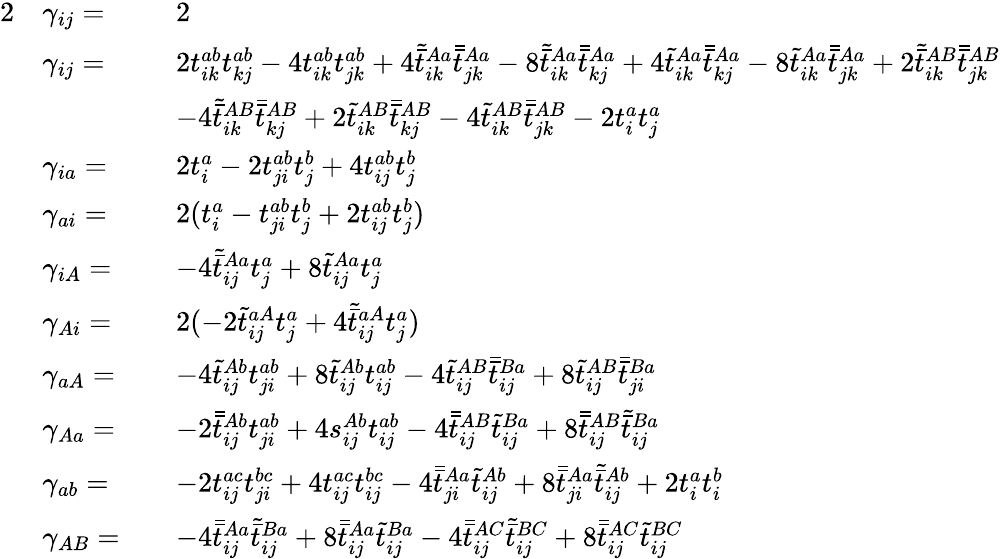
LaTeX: \begin{array}{rlrl}{{2}}&{\gamma_{ij}=}&&{2}\\ &{\gamma_{ij}=}&&{2t_{ik}^{ab}t_{kj}^{ab}-4t_{ik}^{ab}t_{jk}^{ab}+4\tilde{\bar{t}}_{ik}^{Aa}\bar{\bar{t}}_{jk}^{Aa}-8\tilde{\bar{t}}_{ik}^{Aa}\bar{\bar{t}}_{kj}^{Aa}+4\tilde{t}_{ik}^{Aa}\bar{\bar{t}}_{kj}^{Aa}-8\tilde{t}_{ik}^{Aa}\bar{\bar{t}}_{jk}^{Aa}+2\tilde{\bar{t}}_{ik}^{AB}\bar{\bar{t}}_{jk}^{AB}}\\ &{}&&{-4\tilde{\bar{t}}_{ik}^{AB}\bar{\bar{t}}_{kj}^{AB}+2\tilde{t}_{ik}^{AB}\bar{\bar{t}}_{kj}^{AB}-4\tilde{t}_{ik}^{AB}\bar{\bar{t}}_{jk}^{AB}-2t_{i}^{a}t_{j}^{a}}\\ &{\gamma_{ia}=}&&{2t_{i}^{a}-2t_{ji}^{ab}t_{j}^{b}+4t_{ij}^{ab}t_{j}^{b}}\\ &{\gamma_{ai}=}&&{2(t_{i}^{a}-t_{ji}^{ab}t_{j}^{b}+2t_{ij}^{ab}t_{j}^{b})}\\ &{\gamma_{iA}=}&&{-4\tilde{\bar{t}}_{ij}^{Aa}t_{j}^{a}+8\tilde{t}_{ij}^{Aa}t_{j}^{a}}\\ &{\gamma_{Ai}=}&&{2(-2\tilde{t}_{ij}^{aA}t_{j}^{a}+4\tilde{\bar{t}}_{ij}^{aA}t_{j}^{a})}\\ &{\gamma_{aA}=}&&{-4\tilde{t}_{ij}^{Ab}t_{ji}^{ab}+8\tilde{t}_{ij}^{Ab}t_{ij}^{ab}-4\tilde{t}_{ij}^{AB}\bar{\bar{t}}_{ij}^{Ba}+8\tilde{t}_{ij}^{AB}\bar{\bar{t}}_{ji}^{Ba}}\\ &{\gamma_{Aa}=}&&{-2\bar{\bar{t}}_{ij}^{Ab}t_{ji}^{ab}+4s_{ij}^{Ab}t_{ij}^{ab}-4\bar{\bar{t}}_{ij}^{AB}\tilde{t}_{ij}^{Ba}+8\bar{\bar{t}}_{ij}^{AB}\tilde{\bar{t}}_{ij}^{Ba}}\\ &{\gamma_{ab}=}&&{-2t_{ij}^{ac}t_{ji}^{bc}+4t_{ij}^{ac}t_{ij}^{bc}-4\bar{\bar{t}}_{ji}^{Aa}\tilde{t}_{ij}^{Ab}+8\bar{\bar{t}}_{ji}^{Aa}\tilde{\bar{t}}_{ij}^{Ab}+2t_{i}^{a}t_{i}^{b}}\\ &{\gamma_{AB}=}&&{-4\bar{\bar{t}}_{ij}^{Aa}\tilde{\bar{t}}_{ij}^{Ba}+8\bar{\bar{t}}_{ij}^{Aa}\tilde{t}_{ij}^{Ba}-4\bar{\bar{t}}_{ij}^{AC}\tilde{\bar{t}}_{ij}^{BC}+8\bar{\bar{t}}_{ij}^{AC}\tilde{t}_{ij}^{BC}}\end{array}